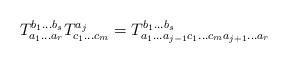
LaTeX: \begin{align*}T_{a_1 \ldots a_r}^{b_1 \ldots b_s}T_{c_1 \ldots c_m}^{a_j} = T_{a_1 \ldots a_{j-1} c_1 \ldots c_m a_{j+1} \ldots a_r}^{b_1 \ldots b_s}\end{align*}